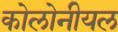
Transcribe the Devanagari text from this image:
कोलोनीयल